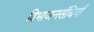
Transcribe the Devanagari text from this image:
विभाजनसंधियाँ